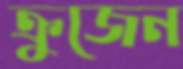
ক্রুজেন